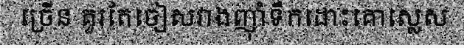
ច្រើន គួរតែចៀសវាងញ៉ាំទឹកដោះគោស្លេស